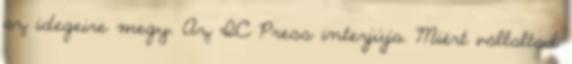
az idegeire megy. Az IC Press interjúja. Miért vállaltad